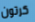
كرتون